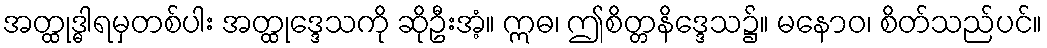
အတ္ထုဒ္ဓါရမှတစ်ပါး အတ္ထုဒ္ဒေသကို ဆိုဦးအံ့။ ဣဓ၊ ဤစိတ္တနိဒ္ဒေသ၌။ မနောဝ၊ စိတ်သည်ပင်။